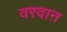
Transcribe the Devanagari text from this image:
वरदाऩ